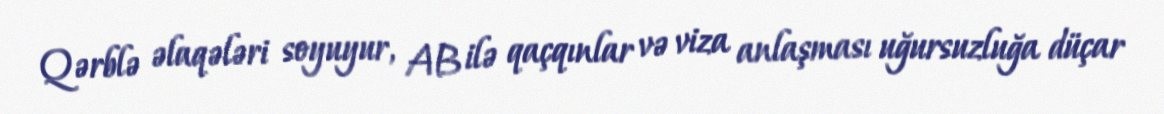
Qərblə əlaqələri soyuyur, AB ilə qaçqınlar və viza anlaşması uğursuzluğa düçar